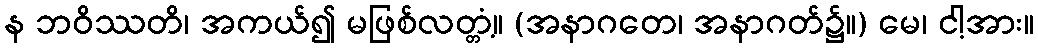
န ဘဝိဿတိ၊ အကယ်၍ မဖြစ်လတ္တံ့။ (အနာဂတေ၊ အနာဂတ်၌။) မေ၊ ငါ့အား။